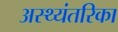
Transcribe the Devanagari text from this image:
अस्थ्यंतरिका